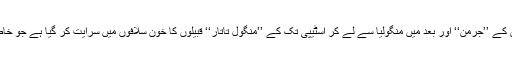
پچھلے دو ہزار برسوں کے دوران بحیرۂ بالٹک کے شمالی ساحل والے ’’فن‘‘ پھر وسطی روس کے ’’جرمن‘‘ اور بعد میں منگولیا سے لے کر اسٹیپی تک کے ’’منگول تاتار‘‘ قبیلوں کا خون سلافوں میں سرایت کر گیا ہے جو خاص روس میں آباد ہیں اور روسی زبان کی عہد بہ عہد تبدیلیوں اور ترقیوں کے جائز وارث ہیں۔